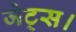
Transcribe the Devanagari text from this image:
जेट्स।